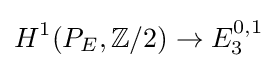
H^{1}(P_{E},\mathbb {Z} /2)\to E_{3}^{0,1}